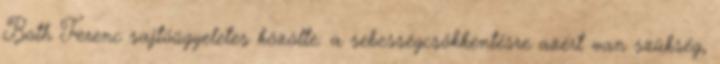
Both Ferenc sajtóügyeletes közölte: a sebességcsökkentésre azért van szükség,